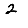
Digit: 2